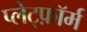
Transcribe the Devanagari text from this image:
प्लेट्फ़ॉर्म